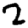
Digit: 2